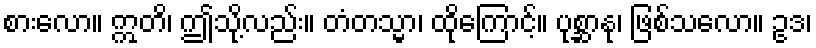
စားလော။ ဣတိ၊ ဤသို့လည်း။ တံတသ္မာ၊ ထိုကြောင့်။ ပုစ္ဆာနု၊ ဖြစ်သလော။ ဥဒ၊